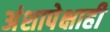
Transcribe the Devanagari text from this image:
अंशापेक्षाही